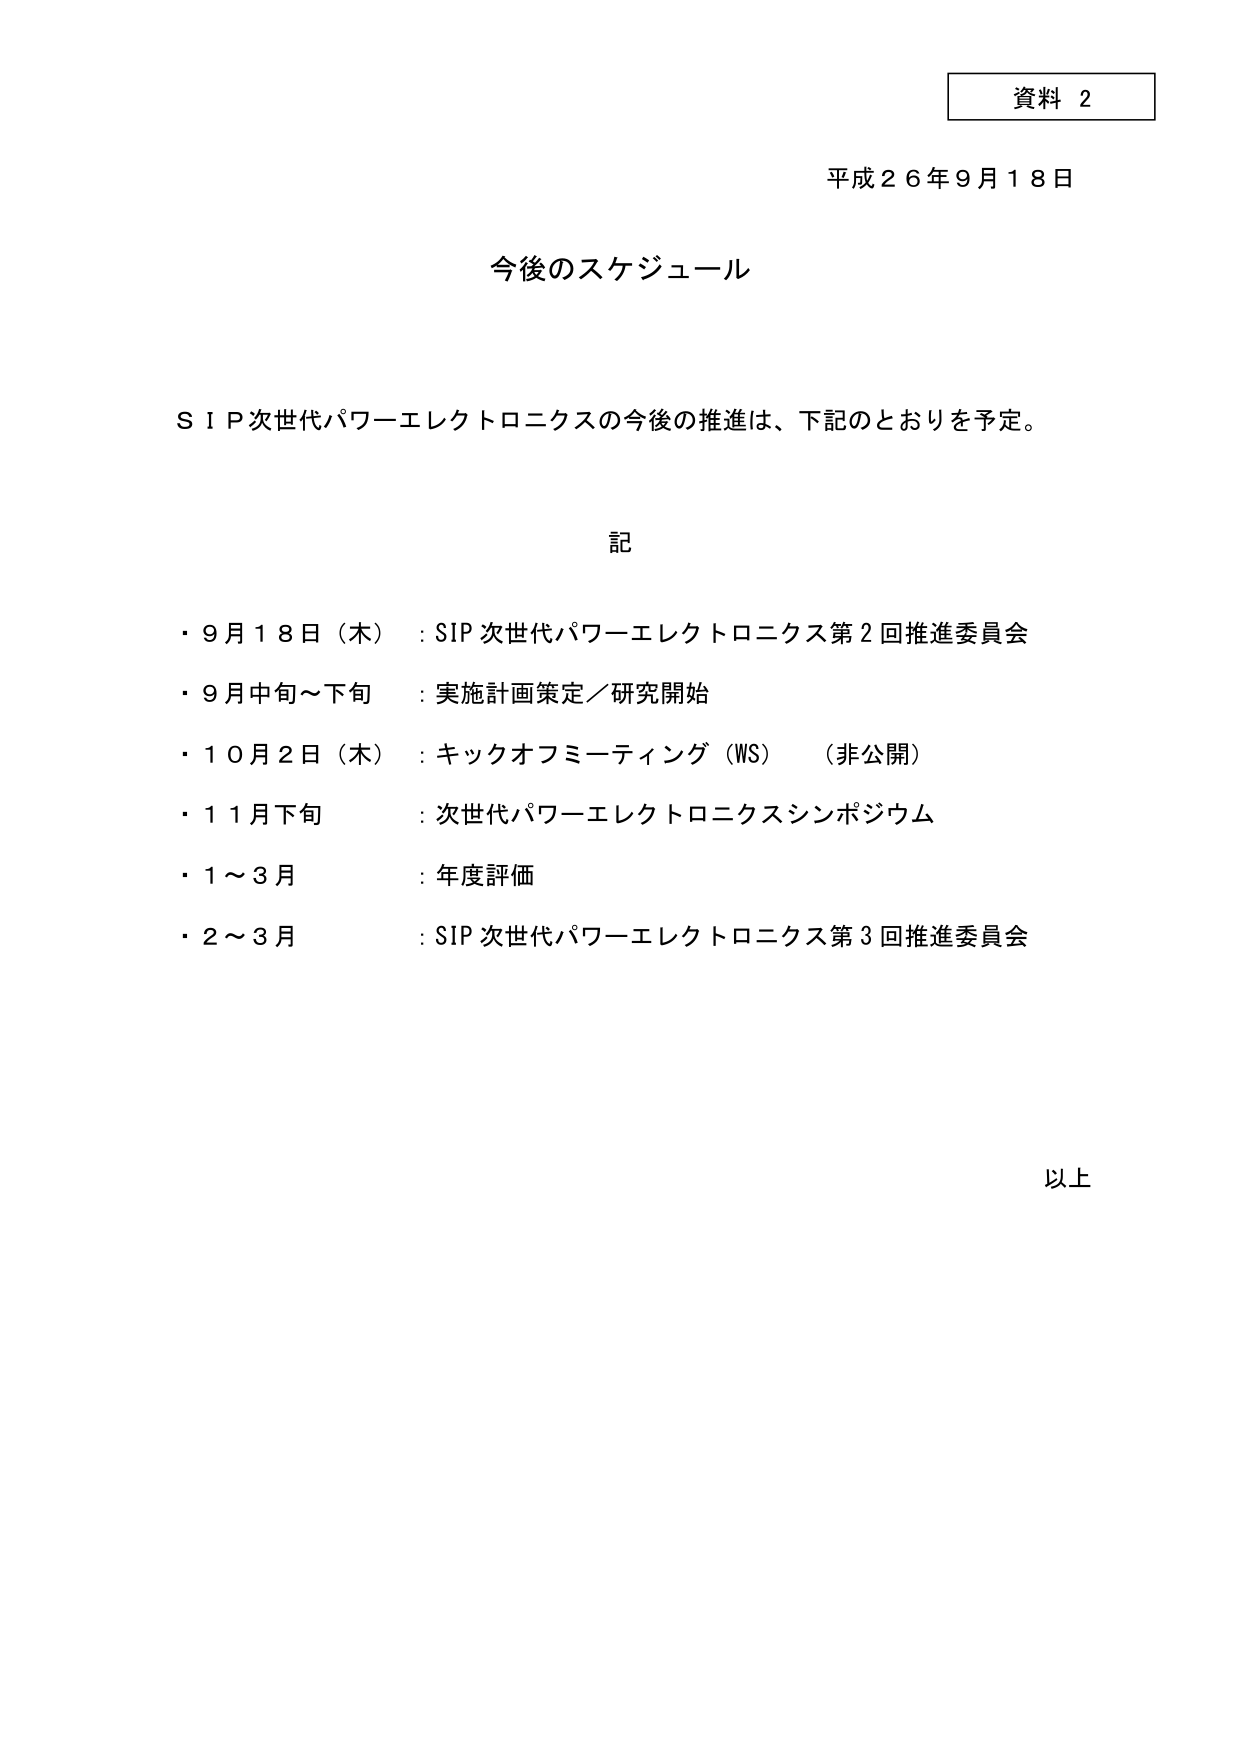
資料 2
平成２６年９月１８日

今後のスケジュール

ＳＩＰ次世代パワーエレクトロニクスの今後の推進は、下記のとおりを予定。

記

・９月１８日（木）：SIP 次世代パワーエレクトロニクス第２回推進委員会
・９月中旬～下旬：実施計画策定／研究開始
・１０月２日（木）：キックオフミーティング（WS）（非公開）
・１１月下旬：次世代パワーエレクトロニクスシンポジウム
・１～３月：年度評価
・２～３月：SIP 次世代パワーエレクトロニクス第３回推進委員会

以上